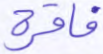
فاقرة